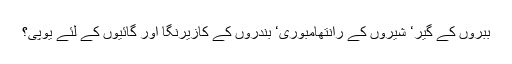
ببروں کے گیر‘ شیروں کے رانتھامبوری‘ بندروں کے کازیرنگا اور گائیوں کے لئے یوپی؟